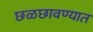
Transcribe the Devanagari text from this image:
छळछावण्यात